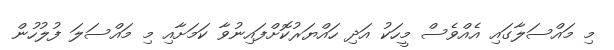
މި މައްސަލާގައި އެއްވެސް މީހަކު އަދި ހައްޔަރުކޮށްފައިނުވާ ކަމަށާއި މި މައްސަލަ ފުލުހުން